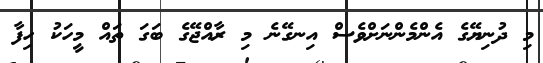
މި ދުނިޔޭގެ އެންމެންނަށްވެސް އިނގޭނެ މި ރާއްޖޭގެ ބަގަ ތައް މީހަކު ހިފާ